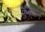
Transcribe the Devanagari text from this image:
क्रुट्झन